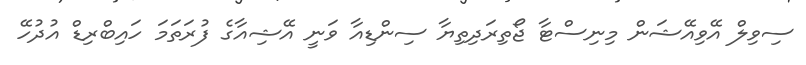
ސިވިލް އޭވިއޭޝަން މިނިސްޓާ ޖޯތިރަދިތިޔާ ސިންޑިއާ ވަނީ އޭޝިއާގެ ފުރަތަމަ ހައިބްރިޑް އުދުހޭ